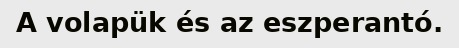
A volapük és az eszperantó.